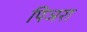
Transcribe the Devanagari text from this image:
पिञरा